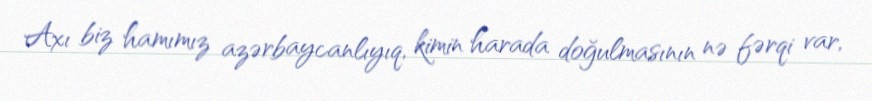
Axı biz hamımız azərbaycanlıyıq, kimin harada doğulmasının nə fərqi var,